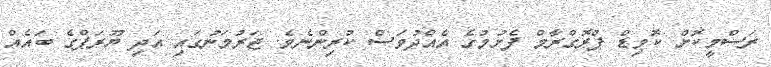
ރަސްމީކޮށް ކޮވިޑް ޕްރޮގްރާމް ފެށުމުގެ އެއްދުވަސް ކުރިންނެވެ. ޖަރުމަނުގައި އަދި ޔޫރަޕްގެ ބައެއް